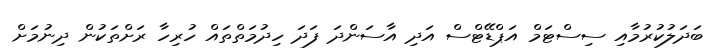
ބަދަލުކުރުމާއި ސިސްޓަމް އަޕްޑޭޓްސް އަދި އާސަންދަ ފަދަ ހިދުމަތްތައް ހުރިހާ ރަަށްތަކުން ދިނުމަށް